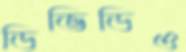
ডিভিডিও